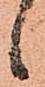
候